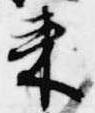
来